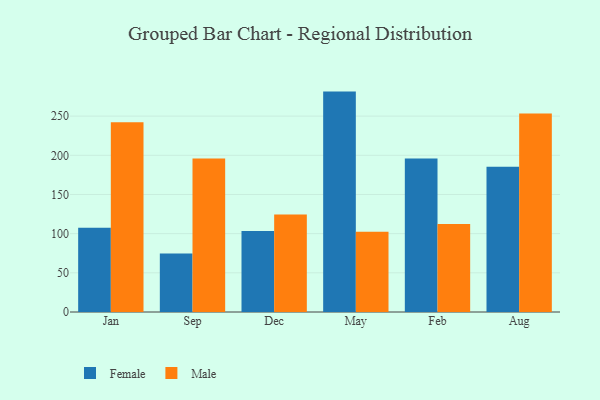
{"axis": {"x": "Month", "y": "Churn Rate (%)"}, "legend": ["Female", "Male"], "data": [{"x": "Jan", "y": 107.5, "type": "Female"}, {"x": "Jan", "y": 242.2, "type": "Male"}, {"x": "Sep", "y": 74.6, "type": "Female"}, {"x": "Sep", "y": 195.8, "type": "Male"}, {"x": "Dec", "y": 103.4, "type": "Female"}, {"x": "Dec", "y": 124.5, "type": "Male"}, {"x": "May", "y": 281.3, "type": "Female"}, {"x": "May", "y": 102.5, "type": "Male"}, {"x": "Feb", "y": 196.0, "type": "Female"}, {"x": "Feb", "y": 112.4, "type": "Male"}, {"x": "Aug", "y": 185.4, "type": "Female"}, {"x": "Aug", "y": 253.4, "type": "Male"}]}